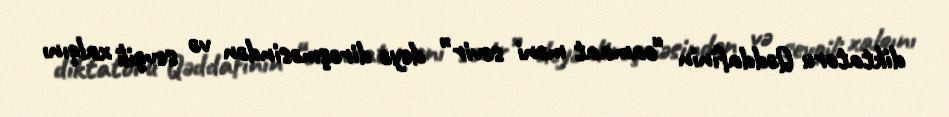
diktatoru Qəddafinin “camaat məni sevir” deyə dirəşməsindən və sevgili xalqını